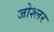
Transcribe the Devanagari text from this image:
जोश्लर